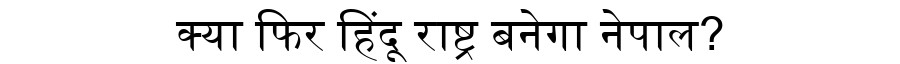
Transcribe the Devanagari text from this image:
क्या फिर हिंदू राष्ट्र बनेगा नेपाल?